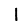
Digit: 1